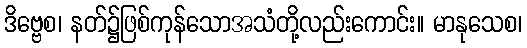
ဒိဗ္ဗေစ၊ နတ်၌ဖြစ်ကုန်သောအသံတို့လည်းကောင်း။ မာနုသေစ၊